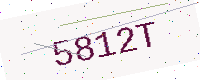
Text: 5812T